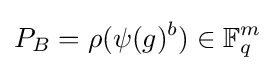
P_{B}=\rho (\psi (g)^{b})\in \mathbb {F} _{q}^{m}